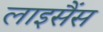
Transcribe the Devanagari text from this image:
लाइसैंस